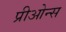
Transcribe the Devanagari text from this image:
प्रीओन्स